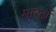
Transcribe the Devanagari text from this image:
मारतां